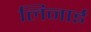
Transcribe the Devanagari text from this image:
लिनाई